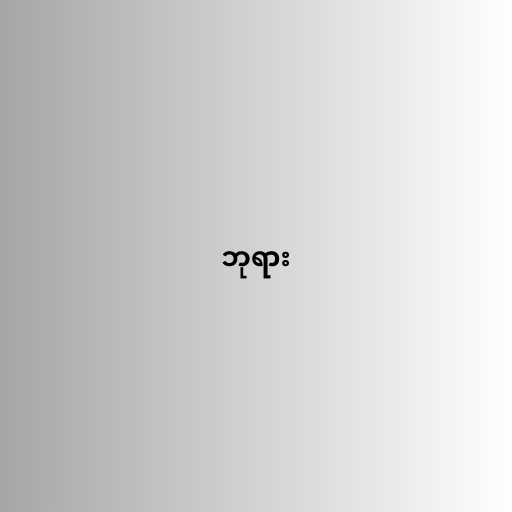
ဘုရား